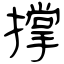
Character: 撑